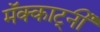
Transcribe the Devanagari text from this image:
मॅक्कार्ट्नी